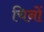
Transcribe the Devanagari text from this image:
चिनों